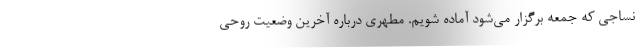
نساجی که جمعه برگزار می‌شود آماده شویم. مطهری درباره آخرین وضعیت روحی